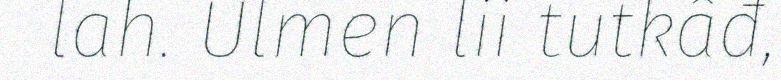
lah. Ulmen lii tutkâđ,